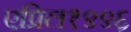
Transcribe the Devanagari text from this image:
एप्रिल१९९६